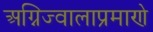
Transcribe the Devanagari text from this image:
अग्निज्वालाप्रमाणे